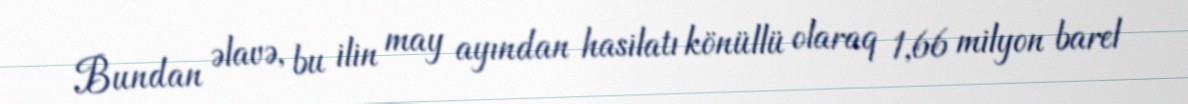
Bundan əlavə, bu ilin may ayından hasilatı könüllü olaraq 1,66 milyon barel